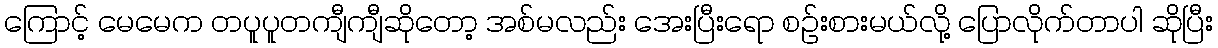
ကြောင့် မေမေက တပူပူတကျီကျီဆိုတော့ အစ်မလည်း အေးပြီးရော စဉ်းစားမယ်လို့ ပြောလိုက်တာပါ ဆိုပြီး